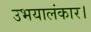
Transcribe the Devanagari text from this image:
उभयालंकार।